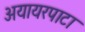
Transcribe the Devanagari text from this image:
अयायरपाटा